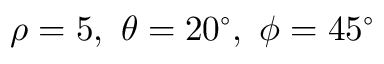
\rho = 5 , \ \theta = 2 0 ^ { \circ } , \ \phi = 4 5 ^ { \circ }